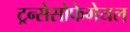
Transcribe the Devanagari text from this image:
ट्रन्सेसोफेगेयल